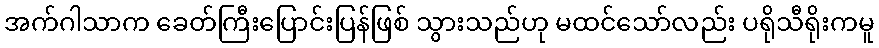
အက်ဂါသာက ခေတ်ကြီးပြောင်းပြန်ဖြစ် သွားသည်ဟု မထင်သော်လည်း ပရိုသီရိုးကမူ